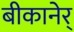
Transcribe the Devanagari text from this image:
बीकानेर्